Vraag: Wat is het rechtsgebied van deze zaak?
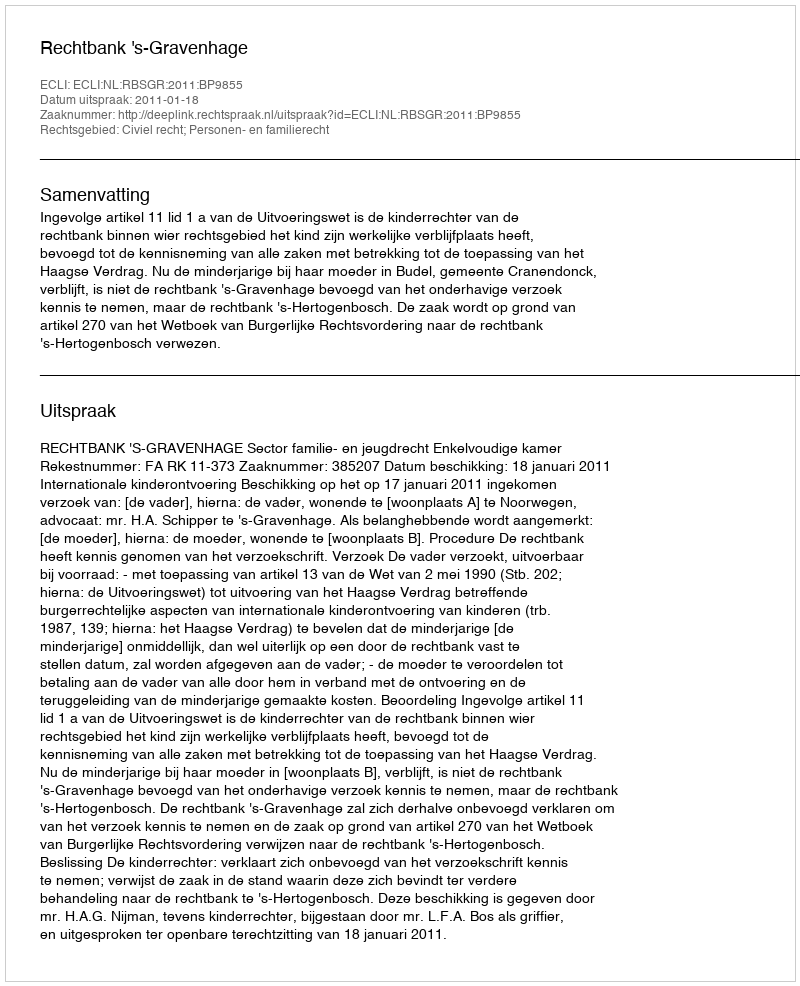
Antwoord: Civiel recht; Personen- en familierecht